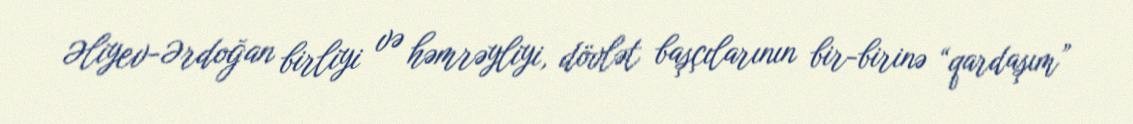
Əliyev-Ərdoğan birliyi və həmrəyliyi, dövlət başçılarının bir-birinə “qardaşım”